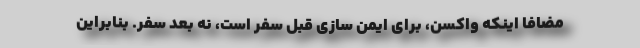
مضافا اینکه واکسن، برای ایمن سازی قبل سفر است، نه بعد سفر. بنابراین